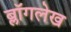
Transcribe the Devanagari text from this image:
ब्लॉगलेख